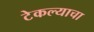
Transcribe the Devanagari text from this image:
टेकल्याचा